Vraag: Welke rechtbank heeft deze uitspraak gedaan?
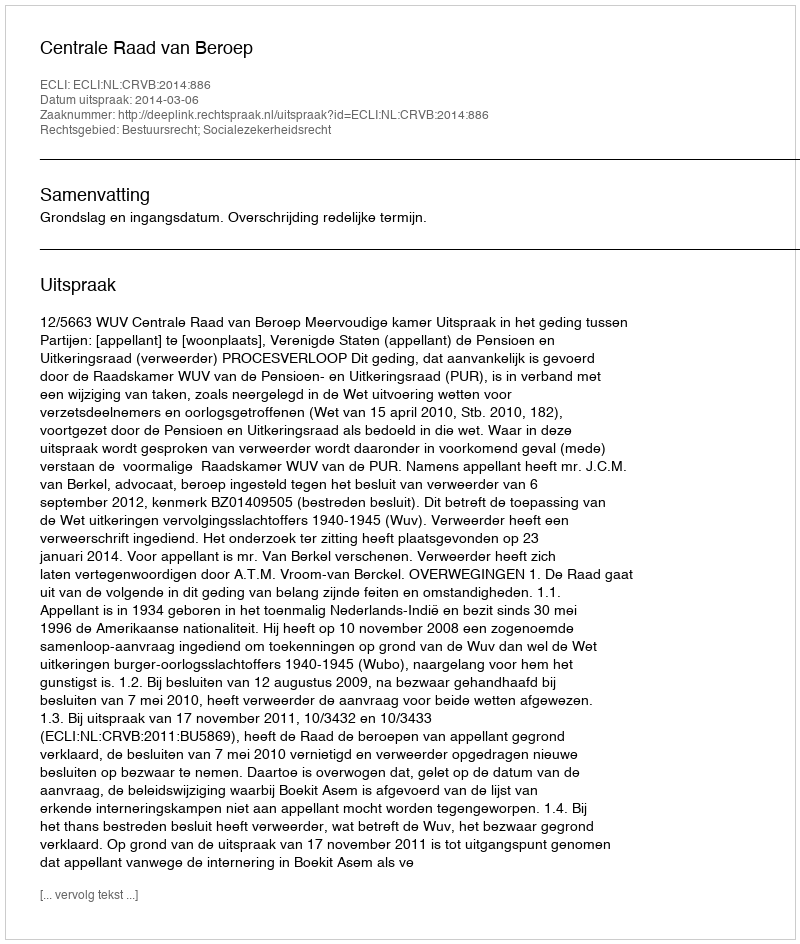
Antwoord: Centrale Raad van Beroep